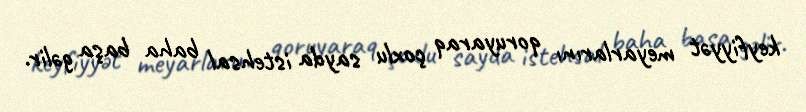
keyfiyyət meyarlarını qoruyaraq çoxlu sayda istehsal baha başa gəlir.